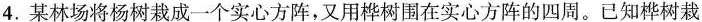
4.某林场将杨树栽成一个实心方阵，又用桦树围在实心方阵的四周。已知桦树栽